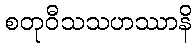
စတုဝီသသဟဿာနိ